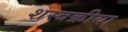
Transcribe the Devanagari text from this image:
शस्त्रक्रीया